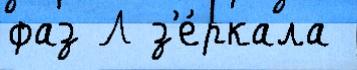
фаз Л з'е́ркала